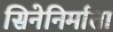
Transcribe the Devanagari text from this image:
सिनेनिर्माता